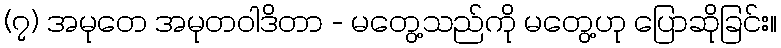
(၇) အမုတေ အမုတဝါဒိတာ - မတွေ့သည်ကို မတွေ့ဟု ပြောဆိုခြင်း။